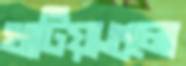
খাটিয়াগুলো